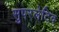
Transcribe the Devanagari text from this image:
सुपरलेटिव